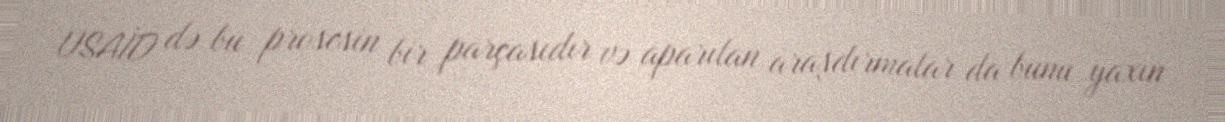
USAİD də bu prosesin bir parçasıdır və aparılan araşdırmalar da bunu yaxın